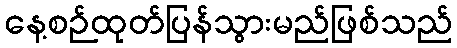
နေ့စဉ်ထုတ်ပြန်သွားမည်ဖြစ်သည်